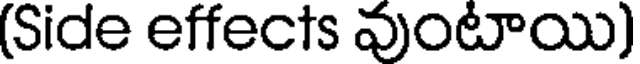
(Side effects వుంటాయి)